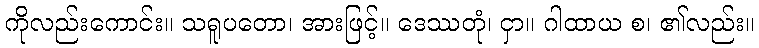
ကိုလည်းကောင်း။ သရူပတော၊ အားဖြင့်။ ဒေဿတုံ၊ ငှာ။ ဂါထာယ စ၊ ၏လည်း။